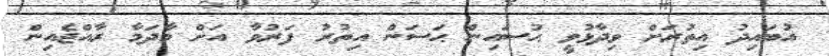
އުބައިދު އިތުރަށް ވިދާޅުވީ ޙުސައިން ޙަސަން އިތުރު ފަރުވާ އަށް މާދަމާ ރާއްޖެއިން